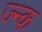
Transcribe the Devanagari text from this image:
ज्न्क